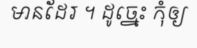
មានដែរ ។ ដូច្នេះ កុំឲ្យ